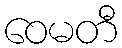
ဝေမတီ